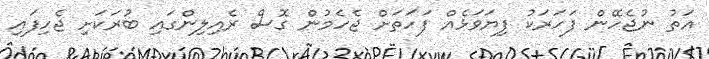
އަތު ނުޖެހޭން ފަހަރަކު ފިޔަވަޅެއް ފަހަތަށް ޖެހެމުން ގޮސް ރެއިލިންގައި ބުރަކަށި ޖެހިފައި